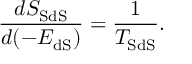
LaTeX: \frac { d S _ { \mathrm { S d S } } } { d ( - E _ { \mathrm { d S } } ) } = \frac { 1 } { T _ { \mathrm { S d S } } } .